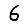
Digit: 6